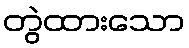
တွဲထားသော